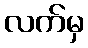
လက်မှ